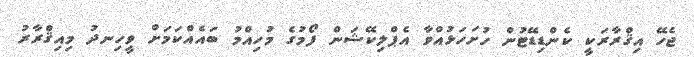
ޖެހޭ އިޤްރާރަކީ ކެންޑިޑޭޓުން ހުށަހަޅުއްވާ އެޕްލިކޭޝަން ފޯމުގެ މުހިއްމު ބައެއްކަމަށް ވީހިނދު މިއިޤްރާރު